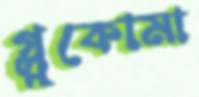
গ্লুকোমা